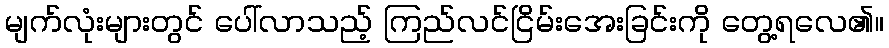
မျက်လုံးများတွင် ပေါ်လာသည့် ကြည်လင်ငြိမ်းအေးခြင်းကို တွေ့ရလေ၏။